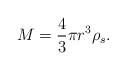
LaTeX: \begin{align*}M = \dfrac{4}{3} \pi r^{3} \rho_{s}.\end{align*}